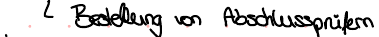
Bestellung von Abschlussprüfern